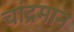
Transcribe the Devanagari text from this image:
चांद्रमान